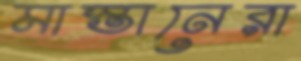
মাস্তানেরা